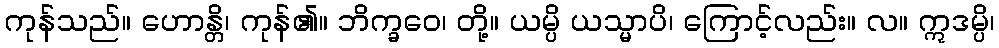
ကုန်သည်။ ဟောန္တိ၊ ကုန်၏။ ဘိက္ခဝေ၊ တို့။ ယမ္ပိ ယသ္မာပိ၊ ကြောင့်လည်း။ လ။ ဣဒမ္ပိ၊